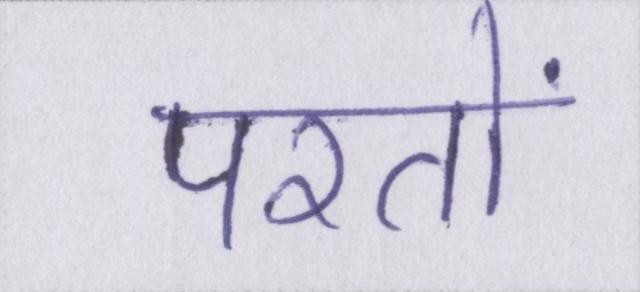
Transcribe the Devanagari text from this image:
परतों